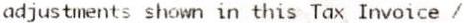
ADJUSTMENTS SHOWN IN THIS TAX INVOICE /